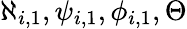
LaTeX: \aleph_{i,1},\psi_{i,1},\phi_{i,1},\Theta